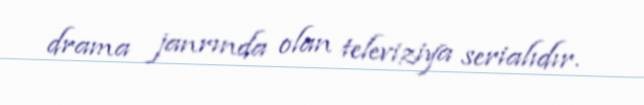
drama janrında olan televiziya serialıdır.